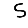
Digit: 5